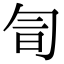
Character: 𠣚